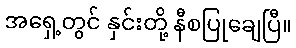
အရှေ့တွင် နှင်းတို့ နီစပြုချေပြီ။